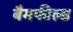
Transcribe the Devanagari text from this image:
बैमफील्ड